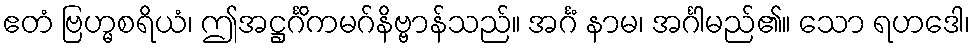
ဧတံ ဗြဟ္မစရိယံ၊ ဤအဋ္ဌင်္ဂိကမဂ်နိဗ္ဗာန်သည်။ အင်္ဂံ နာမ၊ အင်္ဂါမည်၏။ သော ရဟဒေါ၊